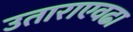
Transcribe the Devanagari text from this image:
उताराएवढा